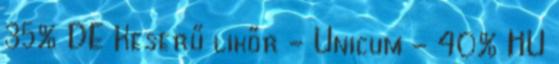
35% DE Keserű likőr - Unicum - 40% HU